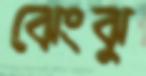
ঝেংঝু